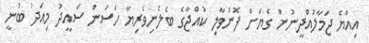
އިއްޔެ ޖަމާލުއްދީނުން ގެޔަށް ފޮނުވާލި ކުއްޖާގެ ބެލެނިވެރިޔާ ހަސަން ސައީދު މިއަދު ބުނީ